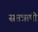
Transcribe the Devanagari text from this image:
सप्तऋषी